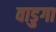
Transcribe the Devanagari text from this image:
वाडुगा